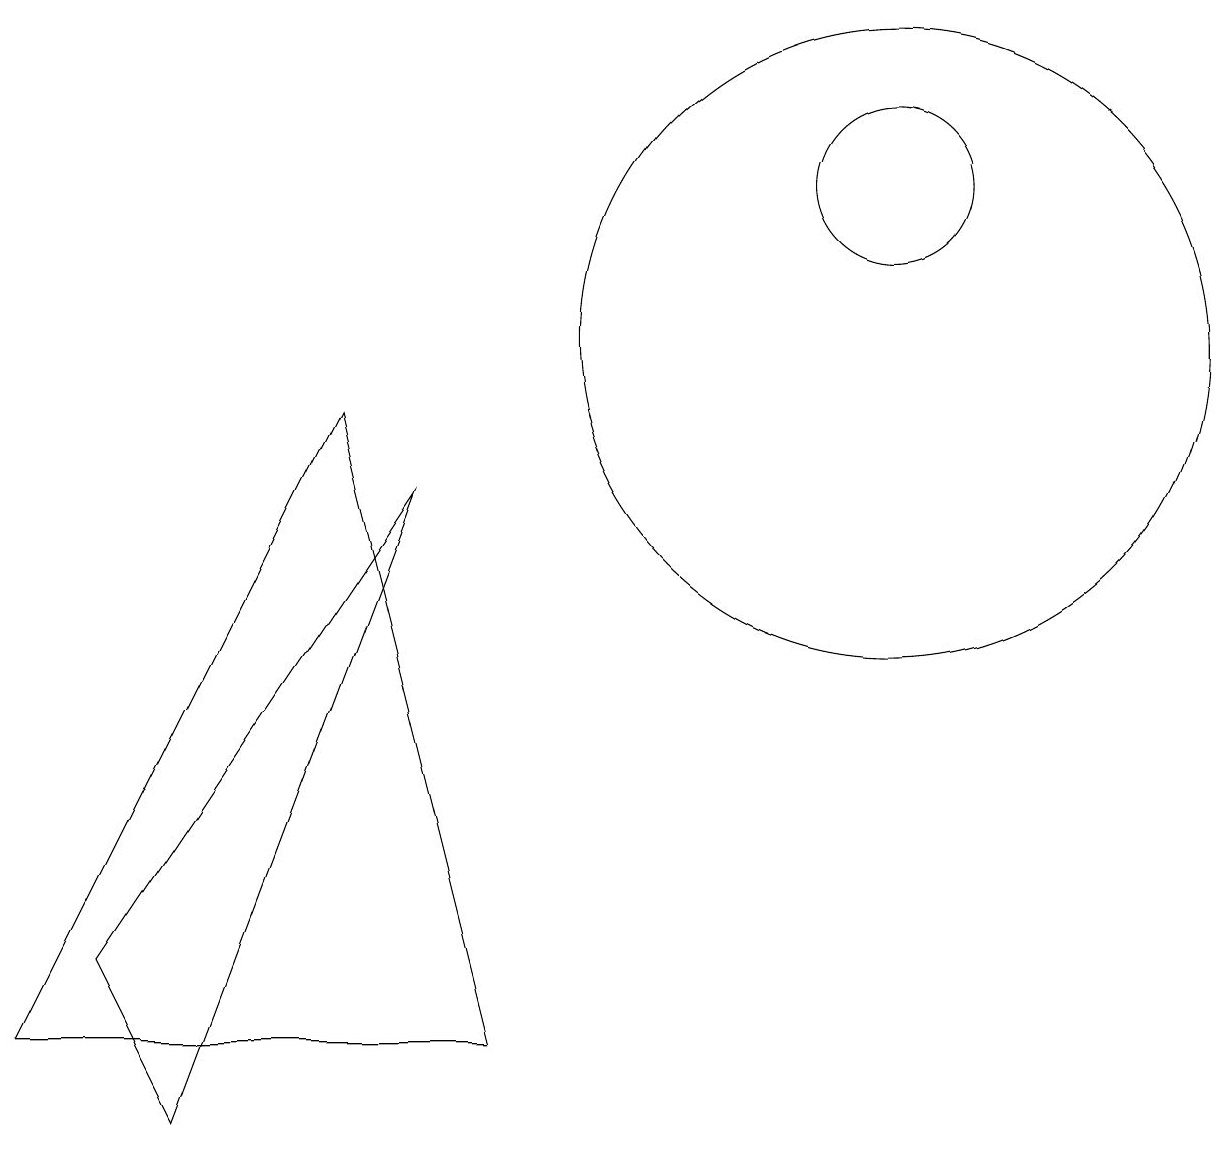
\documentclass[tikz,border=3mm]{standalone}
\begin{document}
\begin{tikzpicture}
\draw (5,9) -- (1,1) -- (7,1) -- cycle;
\draw (2,2) -- (3,0) -- (6,8) -- cycle;
\draw (12,10) circle (4);
\draw (12,12) circle (1);
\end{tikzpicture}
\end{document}